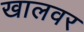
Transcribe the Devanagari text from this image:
खालवर